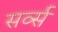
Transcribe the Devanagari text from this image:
सर्व्स